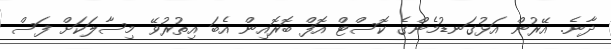
ދާނެ. އޭރުން އަޅުގަނޑުމެންގެ ކޮސްޓް އޮފް ބޮރޮއިން އެބަ އިތުރުވޭ މިސާލަކަށް ފަސް